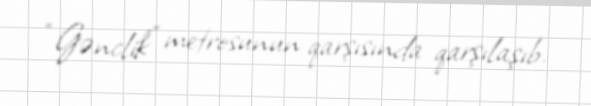
“Gənclik” metrosunun qarşısında qarşılaşıb.